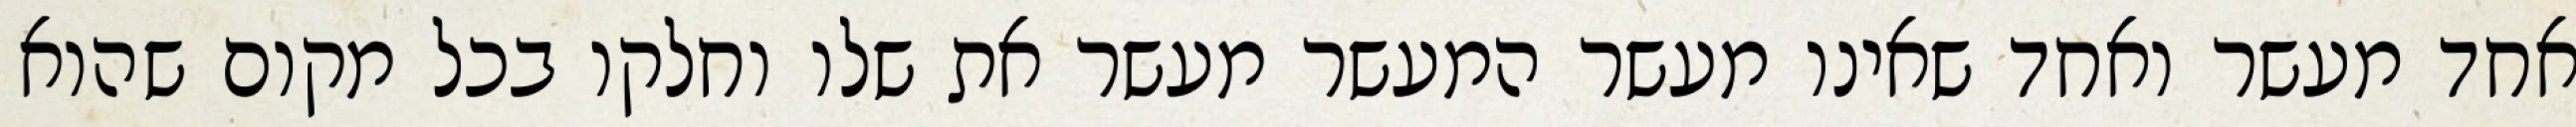
אחד מעשר ואחד שאינו מעשר המעשר מעשר את שלו וחלקו בכל מקום שהוא